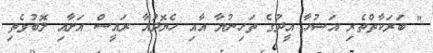
" ބަރަކާތްތެރި އަޟުހާ އީދުގެ ތަހިނުޔާ އާއި ހެޔޮދުއާ ރައީސް އަށާއި ލޮބުވެތި